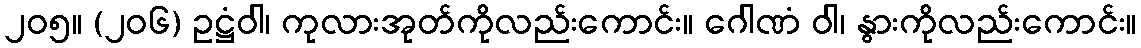
၂၀၅။ (၂၀၆) ဥဋ္ဌံဝါ၊ ကုလားအုတ်ကိုလည်းကောင်း။ ဂေါဏံ ဝါ၊ နွားကိုလည်းကောင်း။